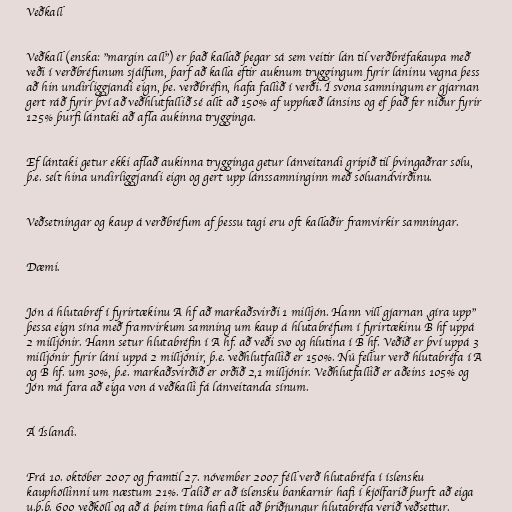
Veðkall

Veðkall (enska: "margin call") er það kallað þegar sá sem veitir lán til verðbréfakaupa með
veði í verðbréfunum sjálfum, þarf að kalla eftir auknum tryggingum fyrir láninu vegna þess
að hin undirliggjandi eign, þe. verðbréfin, hafa fallið í verði. Í svona samningum er gjarnan
gert ráð fyrir því að veðhlutfallið sé allt að 150% af upphæð lánsins og ef það fer niður fyrir
125% þurfi lántaki að afla aukinna trygginga.

Ef lántaki getur ekki aflað aukinna trygginga getur lánveitandi gripið til þvingaðrar sölu,
þ.e. selt hina undirliggjandi eign og gert upp lánssamninginn með söluandvirðinu.

Veðsetningar og kaup á verðbréfum af þessu tagi eru oft kallaðir framvirkir samningar.

Dæmi.

Jón á hlutabréf í fyrirtækinu A hf að markaðsvirði 1 milljón. Hann vill gjarnan ,gíra upp"
þessa eign sína með framvirkum samning um kaup á hlutabréfum í fyrirtækinu B hf uppá
2 milljónir. Hann setur hlutabréfin í A hf. að veði svo og hlutina í B hf. Veðið er því uppá 3
milljónir fyrir láni uppá 2 milljónir, þ.e. veðhlutfallið er 150%. Nú fellur verð hlutabréfa í A
og B hf. um 30%, þ.e. markaðsvirðið er orðið 2,1 milljónir. Veðhlutfallið er aðeins 105% og
Jón má fara að eiga von á veðkalli fá lánveitanda sínum.

Á Íslandi.

Frá 10. október 2007 og framtil 27. nóvember 2007 féll verð hlutabréfa í íslensku
kauphöllinni um næstum 21%. Talið er að íslensku bankarnir hafi í kjölfarið þurft að eiga
u.þ.b. 600 veðköll og að á þeim tíma hafi allt að þriðjungur hlutabréfa verið veðsettur.